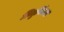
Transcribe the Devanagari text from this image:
लितुर्गिकल